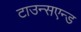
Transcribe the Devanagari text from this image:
टाउन्सएन्ड